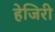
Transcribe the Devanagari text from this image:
हेजिरी